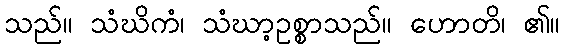
သည်။ သံဃိကံ၊ သံဃာ့ဥစ္စာသည်။ ဟောတိ၊ ၏။